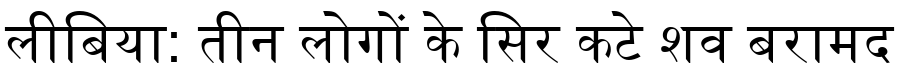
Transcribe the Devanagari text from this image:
लीबिया: तीन लोगों के सिर कटे शव बरामद